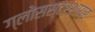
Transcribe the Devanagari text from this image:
ग्लोसस्टरशायर